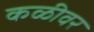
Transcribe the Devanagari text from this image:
कळीवर